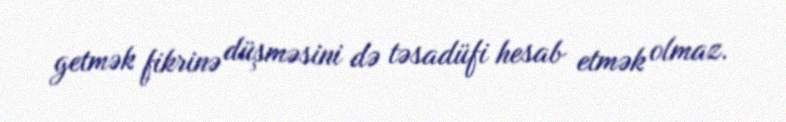
getmək fikrinə düşməsini də təsadüfi hesab etmək olmaz.